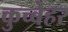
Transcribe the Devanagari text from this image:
कुच्बेहर